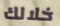
خلالك